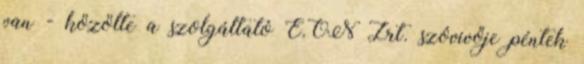
van - közölte a szolgáltató E.ON Zrt. szóvivője péntek